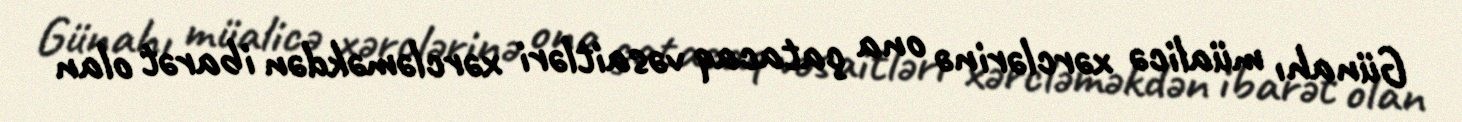
Günahı müalicə xərclərinə ona çatacaq vəsaitləri xərcləməkdən ibarət olan